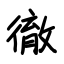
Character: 徹